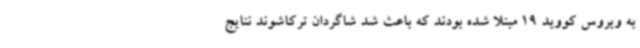
به ویروس کووید 19 مبتلا شده بودند که باعث شد شاگردان ترکاشوند نتایج